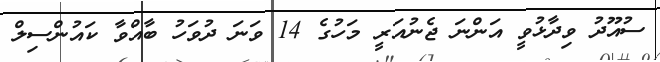
ސުއޫދު ވިދާޅުވީ އަންނަ ޖެނުއަރީ މަހުގެ 14 ވަނަ ދުވަހު ބާއްވާ ކައުންސިލް